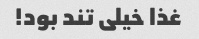
غذا خیلی تند بود!